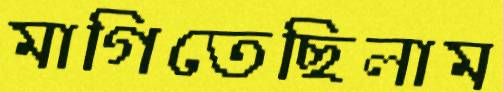
মাগিতেছিলাম